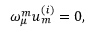
\omega _ { \mu } ^ { { m } } u _ { { m } } ^ { { ( i ) } } = 0 ,